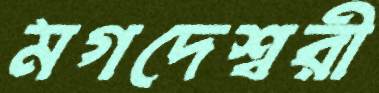
মগদেশ্বরী